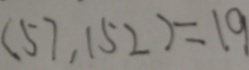
( 5 7 , 1 5 2 ) = 1 9